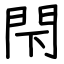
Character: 閇